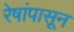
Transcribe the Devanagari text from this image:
रेषांपासून